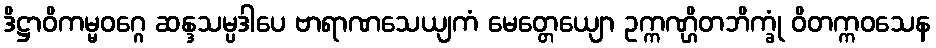
ဒိဋ္ဌာဝိကမ္မဝဂ္ဂေ ဆန္ဒသမ္ပဒါပေ ဗာရာဏသေယျကံ မေတ္တေယျော ဥက္ကဏ္ဌိတဘိက္ခုံ ဝိတက္ကဝသေန